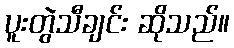
ပူးတွဲသီချင်း ဆိုသည်။